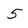
Character: 5